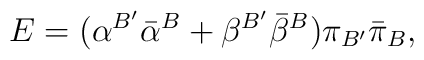
E=({\alpha}^{B^\prime}{\bar \alpha}^{B} +{\beta}^{B^\prime}{\bar \beta}^{B}){\pi}_{B^\prime} {\bar \pi}_{B},